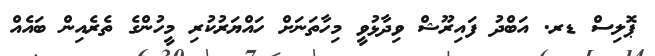
ޕޮލިސް ޑރ. އަބްދު ފައިރޫޝް ވިދާޅުވީ މިހާތަނަށް ހައްޔަރުކުރި މީހުންގެ ތެރެއިން ބައެއް